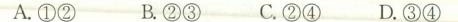
A.①② B.②③C.②④D.③④